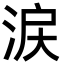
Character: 涙